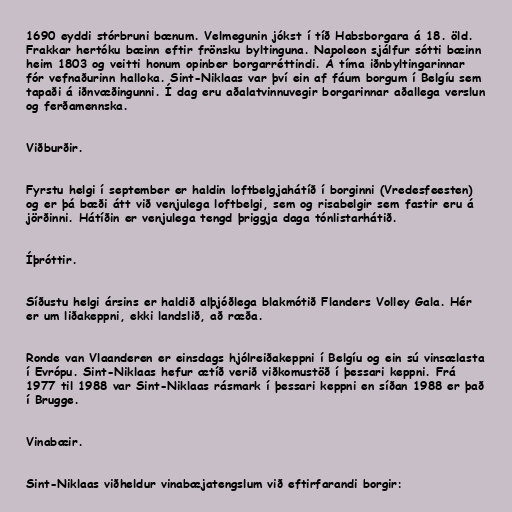
1690 eyddi stórbruni bænum. Velmegunin jókst í tíð Habsborgara á 18. öld.
Frakkar hertóku bæinn eftir frönsku byltinguna. Napoleon sjálfur sótti bæinn
heim 1803 og veitti honum opinber borgarréttindi. Á tíma iðnbyltingarinnar
fór vefnaðurinn halloka. Sint-Niklaas var því ein af fáum borgum í Belgíu sem
tapaði á iðnvæðingunni. Í dag eru aðalatvinnuvegir borgarinnar aðallega verslun
og ferðamennska.

Viðburðir.

Fyrstu helgi í september er haldin loftbelgjahátíð í borginni (Vredesfeesten)
og er þá bæði átt við venjulega loftbelgi, sem og risabelgir sem fastir eru á
jörðinni. Hátíðin er venjulega tengd þriggja daga tónlistarhátið.

Íþróttir.

Síðustu helgi ársins er haldið alþjóðlega blakmótið Flanders Volley Gala. Hér
er um liðakeppni, ekki landslið, að ræða.

Ronde van Vlaanderen er einsdags hjólreiðakeppni í Belgíu og ein sú vinsælasta
í Evrópu. Sint-Niklaas hefur ætíð verið viðkomustöð í þessari keppni. Frá
1977 til 1988 var Sint-Niklaas rásmark í þessari keppni en síðan 1988 er það
í Brugge.

Vinabæir.

Sint-Niklaas viðheldur vinabæjatengslum við eftirfarandi borgir: